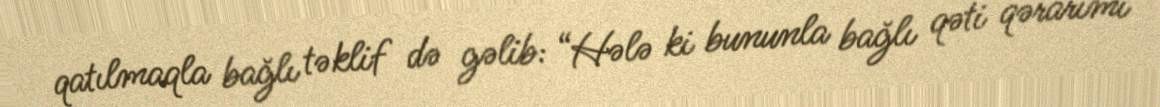
qatılmaqla bağlı təklif də gəlib: “Hələ ki bununla bağlı qəti qərarımı